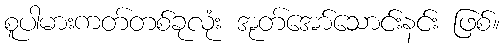
စူပါမားကတ်တစ်ခုလုံး အုတ်အော်သောင်းနင်း ဖြစ်။